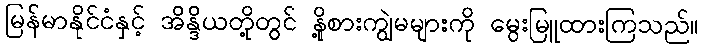
မြန်မာနိုင်ငံနှင့် အိန္ဒိယတို့တွင် နို့စားကျွဲမများကို မွေးမြူထားကြသည်။